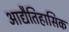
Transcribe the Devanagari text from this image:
आद्यैतिहासिक